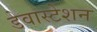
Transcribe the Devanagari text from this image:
डेवास्टेशन